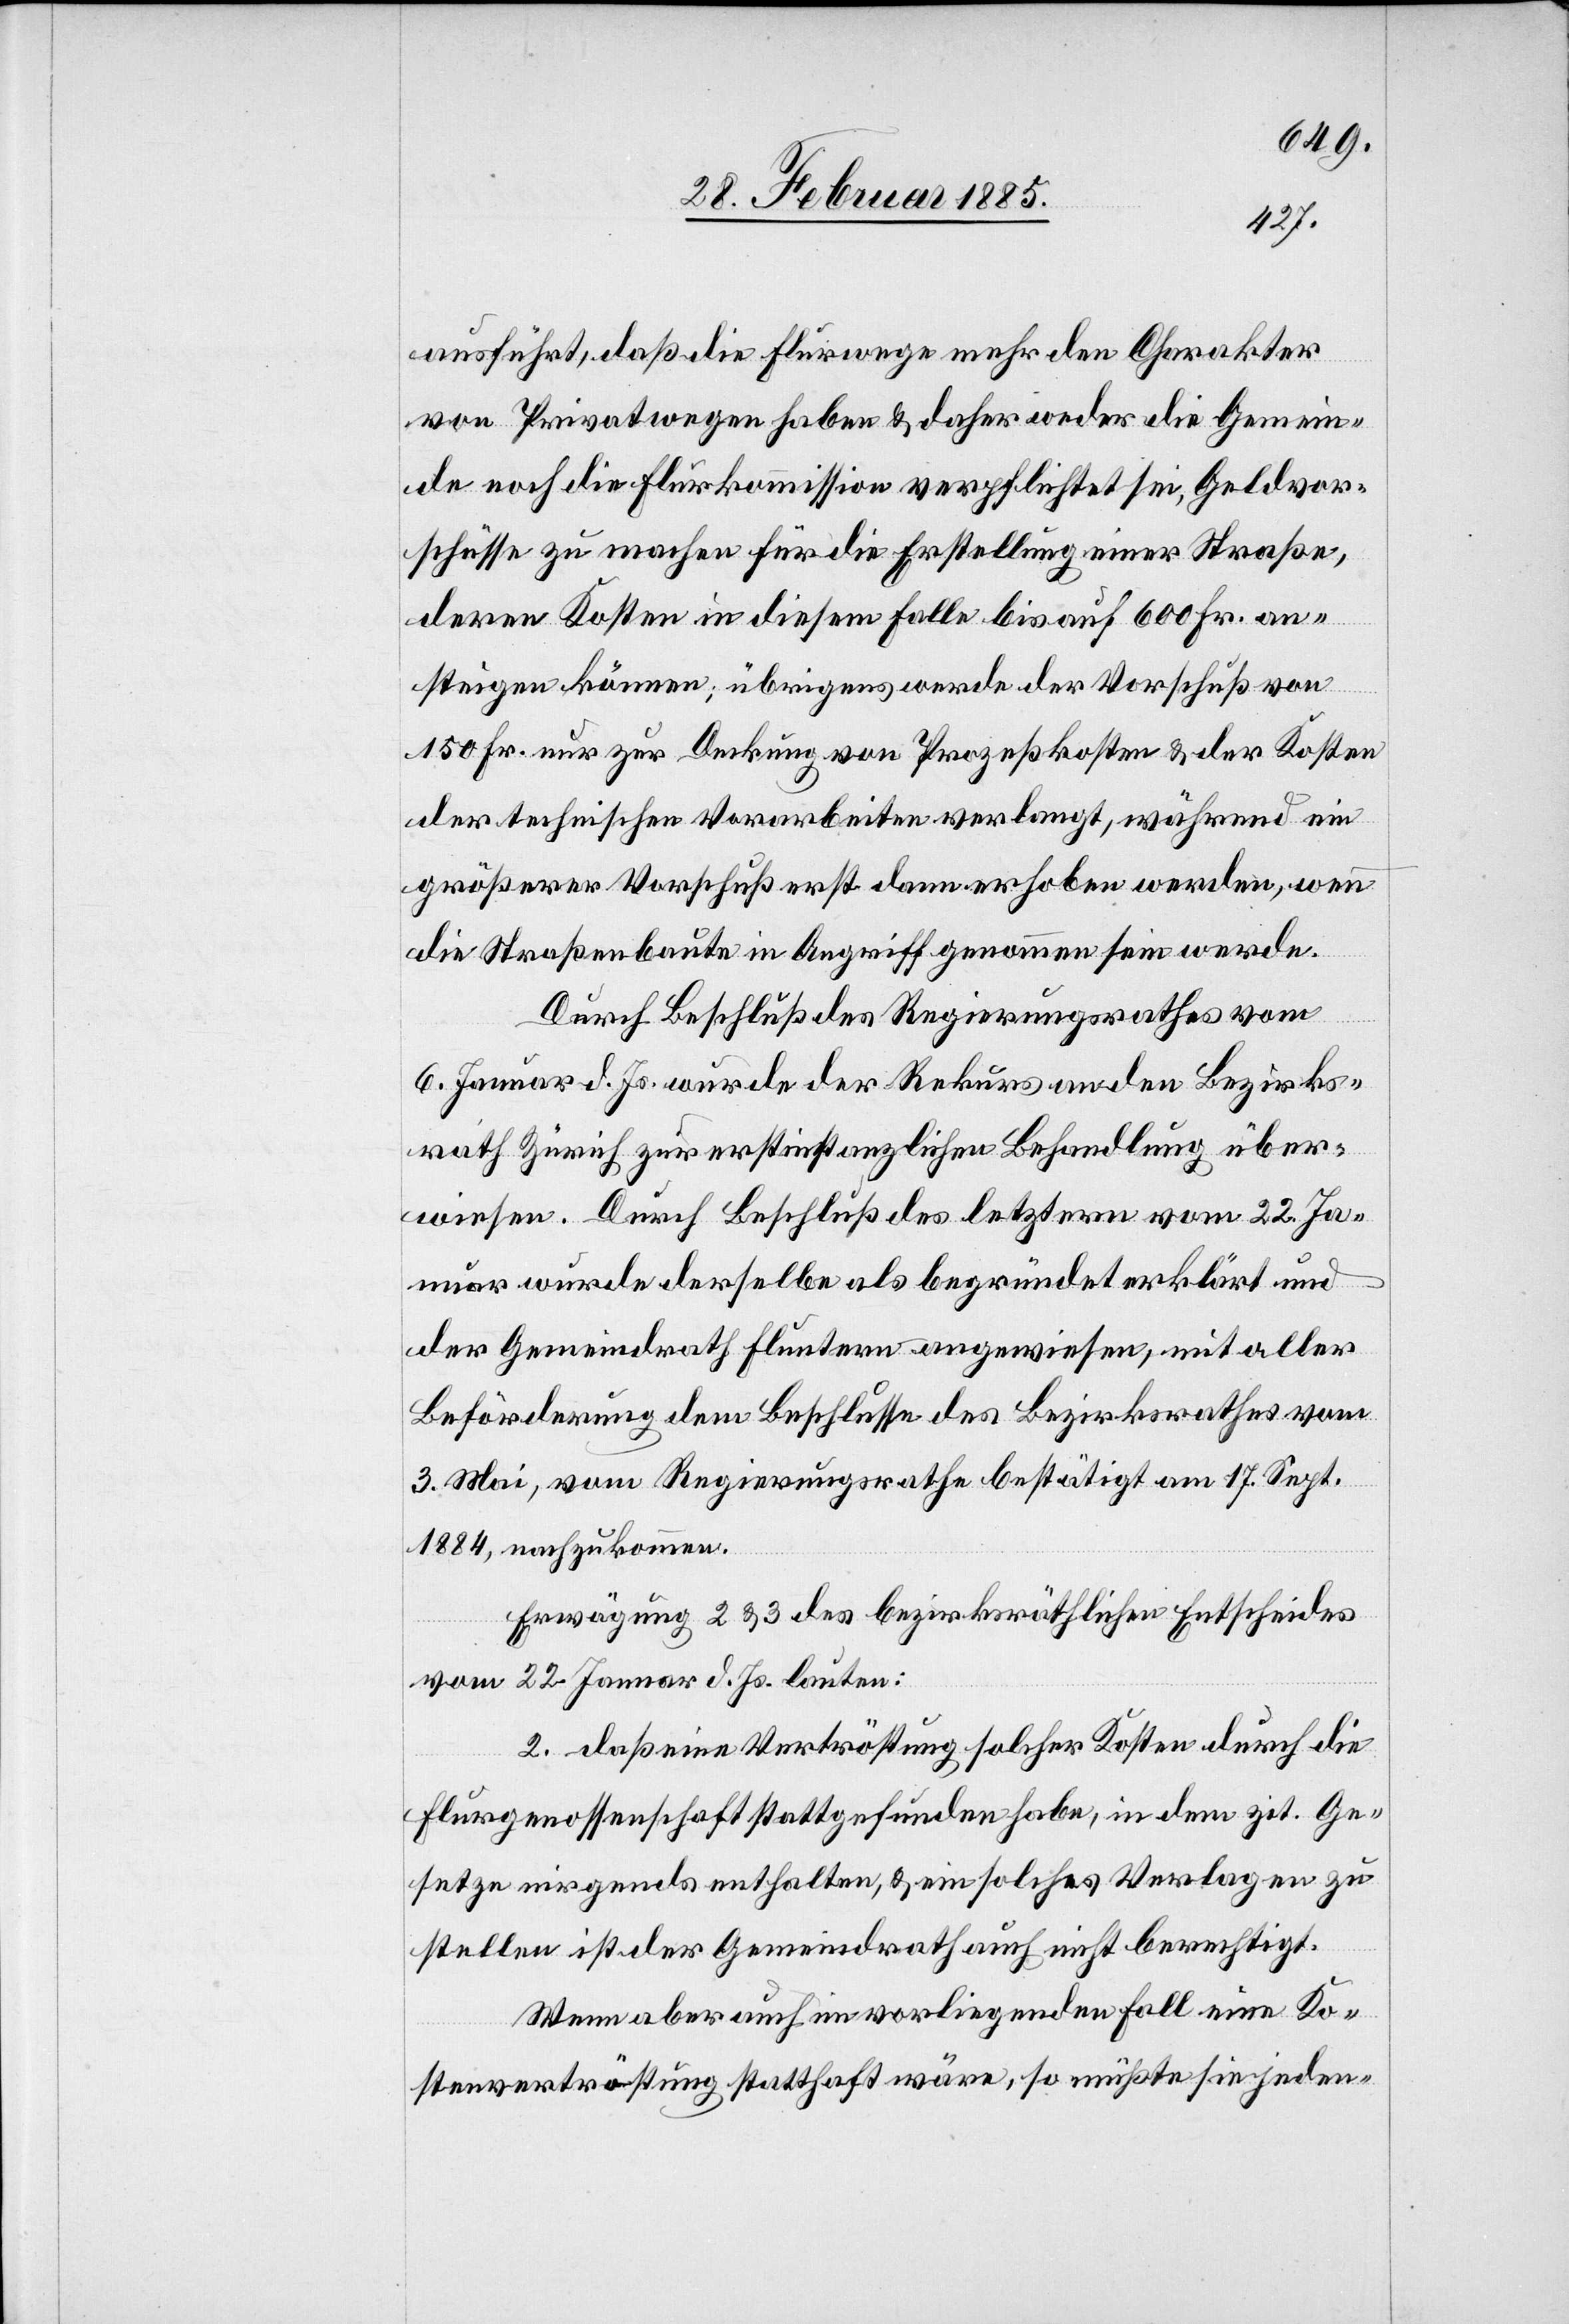
ausführt, daß die Flurwege mehr den Charakter
von Privatwegen haben & daher weder die Gemein¬
de noch die Flurkommission verpflichtet sei, Geldvor¬
schüsse zu machen für die Erstellung einer Straße,
deren Kosten in diesem Falle bis auf 600 Fr. an¬
steigen können; übrigens werde der Vorschuß von
150 Fr. nur zur Deckung von Prozeßkosten & der Kosten
der technischen Vorarbeiten verlangt, während ein
größerer Vorschuß erst dann erhoben werden
die Straßenbaute in Angriff genommen sein werde.
Durch Beschluß des Regierungsrathes vom
6. Januar d. Js. wurde der Rekurs an den Bezirks¬
rath Zürich zur erstinstanzlichen Behandlung über¬
wiesen. Durch Beschluß des letztern vom 22. Ja¬
nuar wurde derselbe als begründet erklärt und
der Gemeindrath Fluntern angewiesen, mit aller
Beförderung dem Beschlusse des Bezirksrathes vom
3. Mai, vom Regierungsrathe bestätigt am 17. Sept.
1884, nachzukommen.
Erwägung 2 & 3 des bezirksräthlichen Entscheides
vom 22. Januar d. Js. lauten:
2. daß eine Vertröstung solcher Kosten durch die
Flurgenossenschaft stattgefunden habe, in dem zit. Ge¬
setze nirgends enthalten, & ein solches Verla[n]gen zu
stellen ist der Gemeindrath auch nicht berechtigt.
Wenn aber auch im vorliegenden Fall eine Ko¬
stenvertröstung statthaft wäre, so müßte sie jeden-